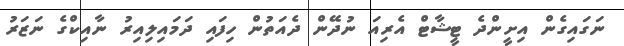
ނަގައިގެން އިށީންދެ ޓީޝާޓް އެރިއަ ނުދޭން ދެއަތުން ހިފައި ދަމައިލިއިރު ނާއިކްގެ ނަޒަރު